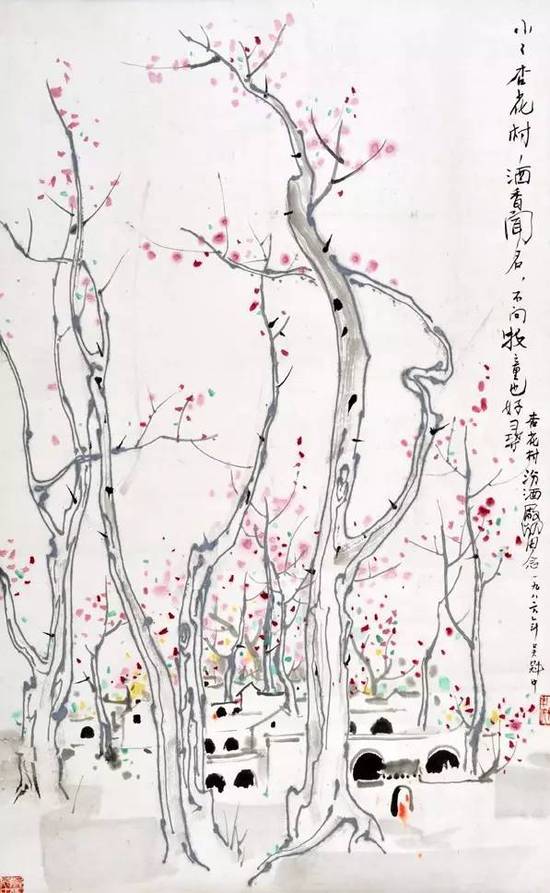
思归若汾水，无日不悠悠。